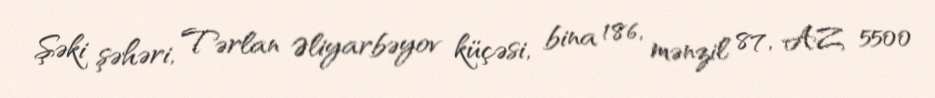
Şəki şəhəri, Tərlan Əliyarbəyov küçəsi, bina 186, mənzil 87, AZ 5500